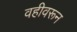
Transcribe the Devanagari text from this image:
वहीवरून